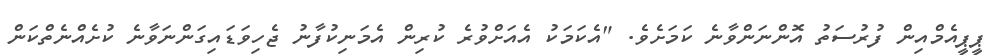
ޕީޕީއެމްއިން ފުރުސަތު އޮންނަންވާނެ ކަމަށެވެ. "އެކަމަކު އެއަށްވުރެ ކުރިން އެމަނިކުފާނު ޖެހިވަޑައިގަންނަވާނެ ކުށެއްނެތްކަން